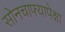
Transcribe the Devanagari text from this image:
सोनचाफ्यापेक्षा